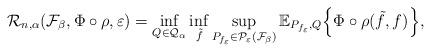
LaTeX: \begin{align*} \mathcal{R}_{n,\alpha}(\mathcal{F}_\beta, \Phi \circ \rho, \varepsilon) = \inf_{Q \in \mathcal{Q}_\alpha} \inf_{\tilde{f}} \sup_{P_{f_\varepsilon} \in \mathcal{P}_\varepsilon (\mathcal{F}_\beta)} \mathbb{E}_{P_{f_\varepsilon},Q}\Big\{\Phi \circ \rho (\tilde{f},f)\Big\},\end{align*}